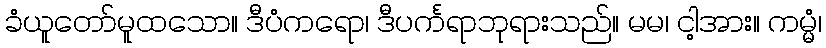
ခံယူတော်မူထသော။ ဒီပံကရော၊ ဒီပင်္ကရာဘုရားသည်။ မမ၊ ငါ့အား။ ကမ္မံ၊